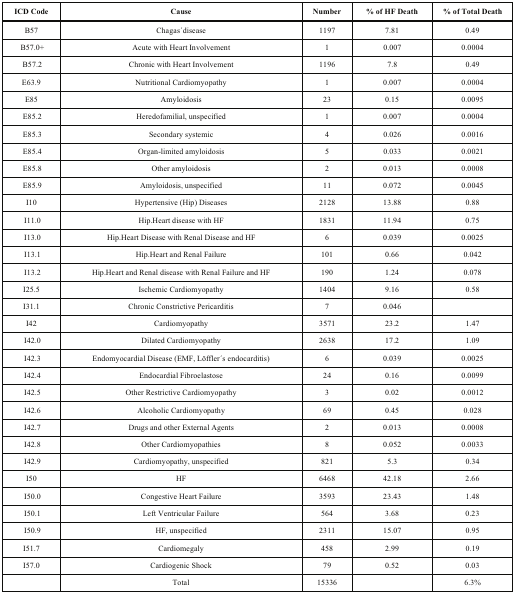
<table><thead><tr><td><b>ICD Code</b></td><td><b>Cause</b></td><td><b>Number</b></td><td><b>% of HF Death</b></td><td><b>% of Total Death</b></td></tr></thead><tbody><tr><td>B57</td><td>Chagas ́disease</td><td>1197</td><td>7.81</td><td>0.49</td></tr><tr><td>B57.0+</td><td>Acute with Heart Involvement</td><td>1</td><td>0.007</td><td>0.0004</td></tr><tr><td>B57.2</td><td>Chronic with Heart Involvement</td><td>1196</td><td>7.8</td><td>0.49</td></tr><tr><td>E63.9</td><td>Nutritional Cardiomyopathy</td><td>1</td><td>0.007</td><td>0.0004</td></tr><tr><td>E85</td><td>Amyloidosis</td><td>23</td><td>0.15</td><td>0.0095</td></tr><tr><td>E85.2</td><td>Heredofamilial, unspecified</td><td>1</td><td>0.007</td><td>0.0004</td></tr><tr><td>E85.3</td><td>Secondary systemic</td><td>4</td><td>0.026</td><td>0.0016</td></tr><tr><td>E85.4</td><td>Organ-limited amyloidosis</td><td>5</td><td>0.033</td><td>0.0021</td></tr><tr><td>E85.8</td><td>Other amyloidosis</td><td>2</td><td>0.013</td><td>0.0008</td></tr><tr><td>E85.9</td><td>Amyloidosis, unspecified</td><td>11</td><td>0.072</td><td>0.0045</td></tr><tr><td>I10</td><td>Hypertensive (Hip) Diseases</td><td>2128</td><td>13.88</td><td>0.88</td></tr><tr><td>I11.0</td><td>Hip.Heart disease with HF</td><td>1831</td><td>11.94</td><td>0.75</td></tr><tr><td>I13.0</td><td>Hip.Heart Disease with Renal Disease and HF</td><td>6</td><td>0.039</td><td>0.0025</td></tr><tr><td>I13.1</td><td>Hip.Heart and Renal Failure</td><td>101</td><td>0.66</td><td>0.042</td></tr><tr><td>I13.2</td><td>Hip.Heart and Renal disease with Renal Failure and HF</td><td>190</td><td>1.24</td><td>0.078</td></tr><tr><td>I25.5</td><td>Ischemic Cardiomyopathy</td><td>1404</td><td>9.16</td><td>0.58</td></tr><tr><td>I31.1</td><td>Chronic Constrictive Pericarditis</td><td>7</td><td>0.046</td><td></td></tr><tr><td>I42</td><td>Cardiomyopathy</td><td>3571</td><td>23.2</td><td>1.47</td></tr><tr><td>I42.0</td><td>Dilated Cardiomyopathy</td><td>2638</td><td>17.2</td><td>1.09</td></tr><tr><td>I42.3</td><td>Endomyocardial Disease (EMF, Löffler ́s endocarditis)</td><td>6</td><td>0.039</td><td>0.0025</td></tr><tr><td>I42.4</td><td>Endocardial Fibroelastose</td><td>24</td><td>0.16</td><td>0.0099</td></tr><tr><td>I42.5</td><td>Other Restrictive Cardiomyopathy</td><td>3</td><td>0.02</td><td>0.0012</td></tr><tr><td>I42.6</td><td>Alcoholic Cardiomyopathy</td><td>69</td><td>0.45</td><td>0.028</td></tr><tr><td>I42.7</td><td>Drugs and other External Agents</td><td>2</td><td>0.013</td><td>0.0008</td></tr><tr><td>I42.8</td><td>Other Cardiomyopathies</td><td>8</td><td>0.052</td><td>0.0033</td></tr><tr><td>I42.9</td><td>Cardiomyopathy, unspecified</td><td>821</td><td>5.3</td><td>0.34</td></tr><tr><td>I50</td><td>HF</td><td>6468</td><td>42.18</td><td>2.66</td></tr><tr><td>I50.0</td><td>Congestive Heart Failure</td><td>3593</td><td>23.43</td><td>1.48</td></tr><tr><td>I50.1</td><td>Left Ventricular Failure</td><td>564</td><td>3.68</td><td>0.23</td></tr><tr><td>I50.9</td><td>HF, unspecified</td><td>2311</td><td>15.07</td><td>0.95</td></tr><tr><td>I51.7</td><td>Cardiomegaly</td><td>458</td><td>2.99</td><td>0.19</td></tr><tr><td>I57.0</td><td>Cardiogenic Shock</td><td>79</td><td>0.52</td><td>0.03</td></tr><tr><td></td><td>Total </td><td>15336</td><td></td><td>6.3%</td></tr></tbody></table>